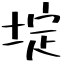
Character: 埞